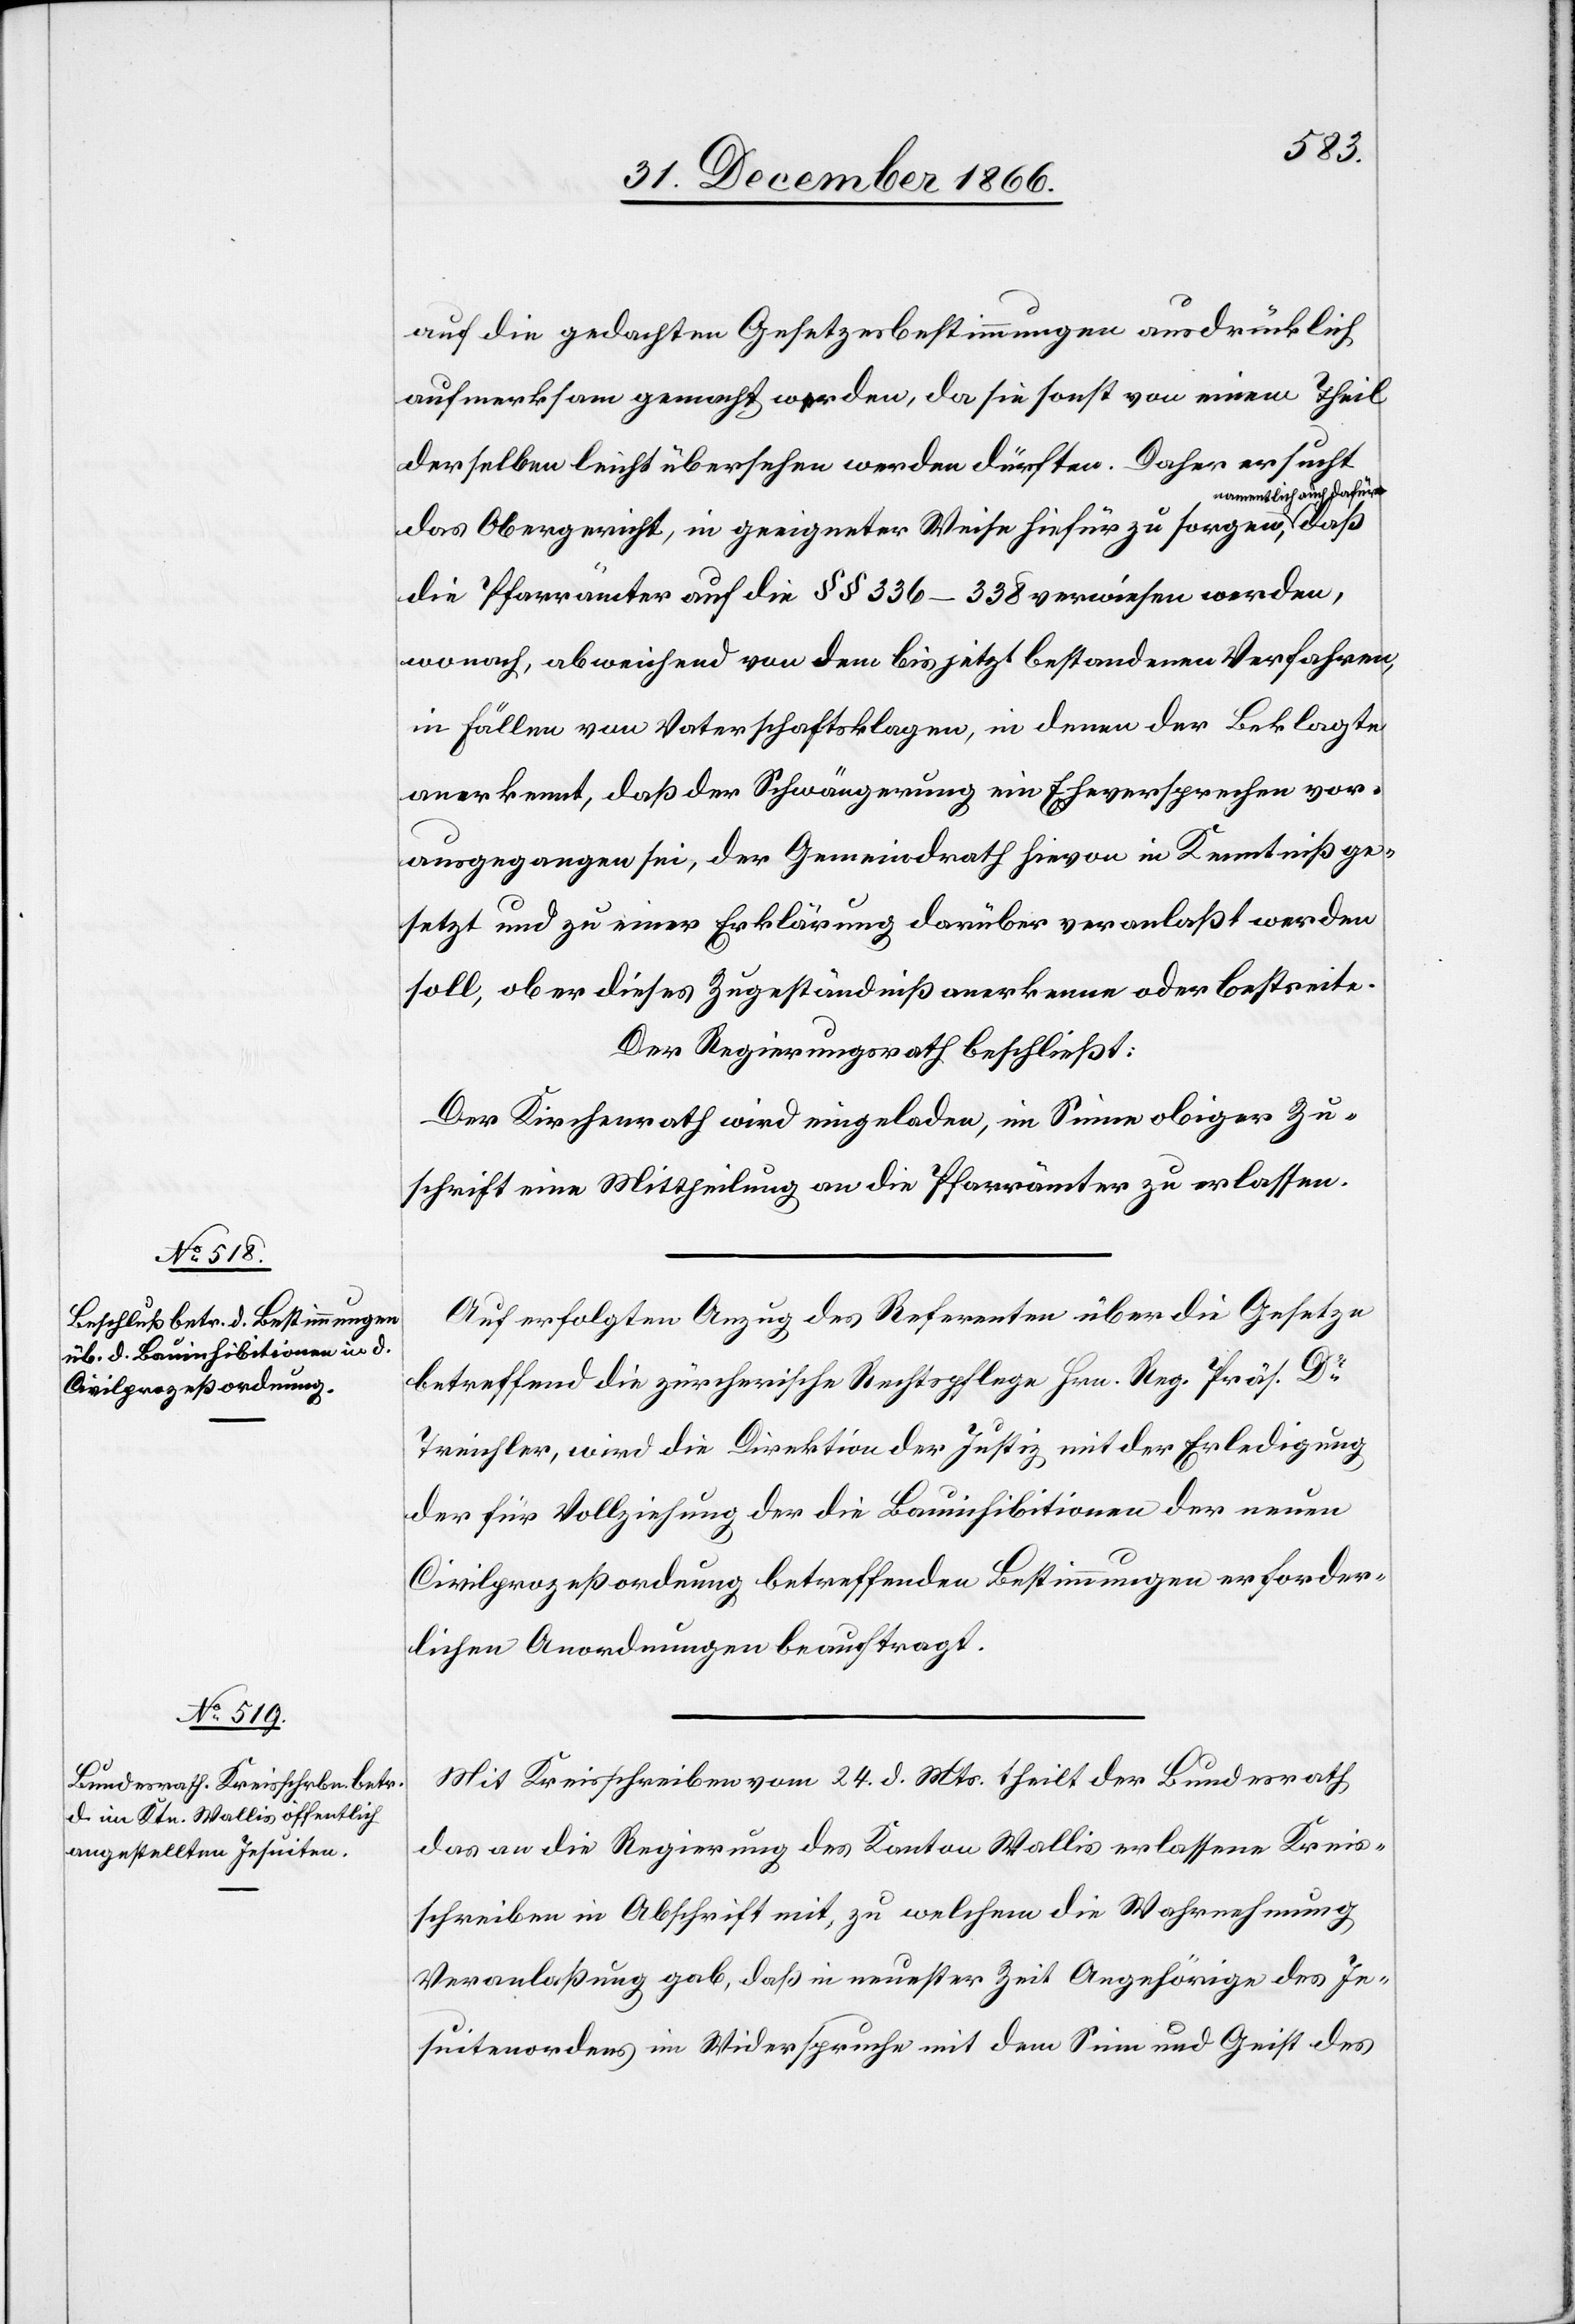
auf die gedachten Gesetzesbestimmungen ausdrücklich
aufmerksam gemacht werden, da sie sonst von einem Theil
derselben leicht übersehen werden dürften. Daher ersucht
namentlich auch dafür,
das Obergericht, in geeigneter Weise hiefür zu sorgen,
die Pfarrämter auf die § § 336–338 verwiesen werden,
wonach, abweichend von dem bis jetzt bestandenen Verfahren,
in Fällen von Vaterschaftsklagen, in denen der Beklagte
anerkennt, daß der Schwängerung ein Eheversprechen vor¬
ausgegangen sei, der Gemeindrath hievon in Kenntniß ge¬
setzt und zu einer Erklärung darüber veranlaßt werden
soll, ob er dieses Zugeständniß anerkenne oder bestreite.
Der Regierungsrath beschließt:
Der Kirchenrath wird eingeladen, im Sinne obiger Zu¬
schrift eine Mittheilung an die Pfarrämter zu erlassen.
Auf erfolgten Anzug des Referenten über die Gesetze
betreffend die zürcherische Rechtspflege Hrn. Reg. Präs. Dr.
Treichler, wird die Direktion der Justiz mit der Erledigung
der für Vollziehung der die Bauinhibitionen der neuen
Civilprozeßordnung betreffenden Bestimmungen erforder¬
lichen Anordnungen beauftragt.
Mit Kreisschreiben vom 24. d. Mts. theilt der Bundesrath
das an die Regierung des Kanton Wallis erlassene Kreis¬
schreiben in Abschrift mit, zu welchem die Wahrnehmung
Veranlaßung gab, daß in neuester Zeit Angehörige des Je¬
suitenordens im Widerspruche mit dem Sinn und Geist des